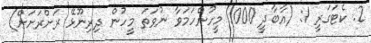
2. ކެޓަގަރީ 1: (އާބާދީ 1000 މީހުންހަމަވާ ނުވަތަ މީހުން ދިރިނޫޅޭ ރަށްރަށަށް)